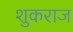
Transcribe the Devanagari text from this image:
शुकराज